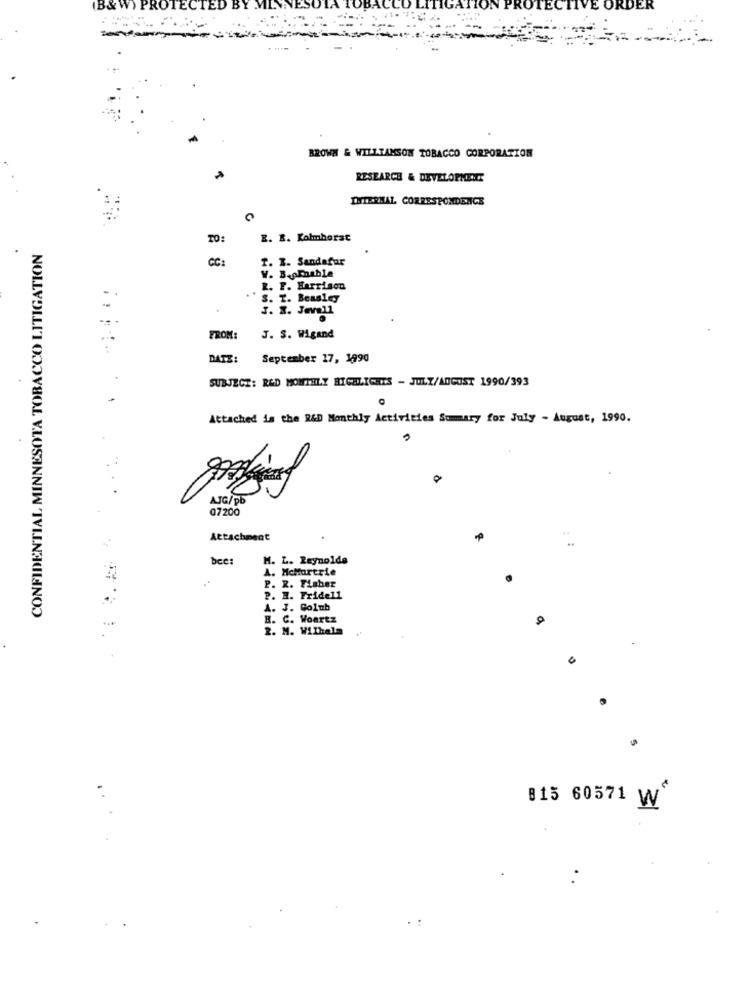
ORDER
BROWN & WILLIAMSON TOBACCO CORPORATION
RESEARCH & DEVELOPMENT
INTERNAL CORRESPONDENCE
TO:
E. B. Kolmhorst
CONFIDENTIAL MINNESOTA TOBACCO LITIGATION
CC:
f. I. Sandafar
V. B.AEnable
R. F. Harrison
S. T. Beasley
J. S. Jevall
FROM:
J. S. Wigand
DATE:
September 17, 1990
SUBJECT: R&D MONTHLY HIGHLIGHTS - JULY/AUGUST 1990/393
Attached is the R&D Monthly Activities Summary for July - August, 1990.
AJG/pb
07200
Attachment
bcc:
1. L. Reynolds
A. McMartrie
P. R. Fisher
P. H. Fridell
A. J. Colub
H. C. Woartz
2. M. Wilhelm
815 60571 W